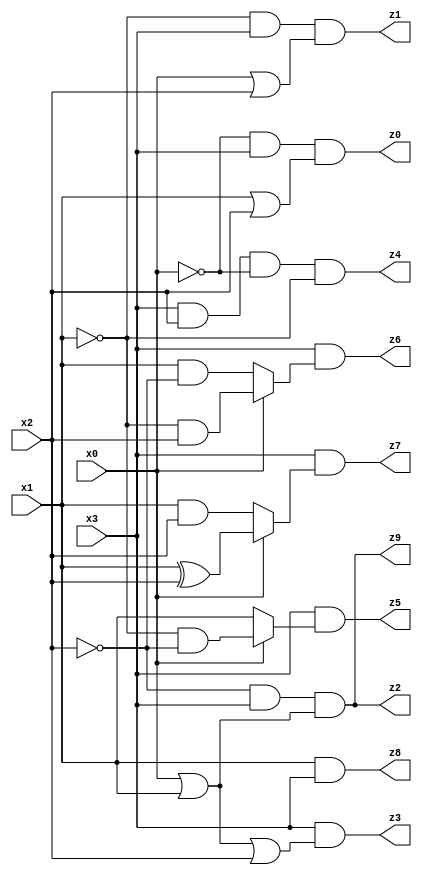
// Benchmark "mult_3x1_864" written by ABC on Fri Dec 09 22:22:58 2022

module mult_3x1_864 ( 
    x0, x1, x2, x3,
    z0, z1, z2, z3, z4, z5, z6, z7, z8, z9  );
  input  x0, x1, x2, x3;
  output z0, z1, z2, z3, z4, z5, z6, z7, z8, z9;
  assign z0 = ~x0 & x3 & (x1 | x2);
  assign z1 = ~x1 & x3 & (x0 | x2);
  assign z2 = ~x2 & x3 & (x0 | x1);
  assign z3 = x3 & (x0 | x1 | x2);
  assign z4 = x3 & x2 & ~x0 & ~x1;
  assign z5 = x3 & (x0 ? (~x1 & ~x2) : x1);
  assign z6 = x3 & (x0 ? (~x1 & x2) : (x1 & ~x2));
  assign z7 = x3 & (x0 ? (x1 ^ x2) : (x1 & x2));
  assign z8 = x1 & x3;
  assign z9 = ~x2 & x3 & (x0 | x1);
endmodule